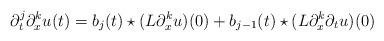
LaTeX: \begin{align*} \partial ^ j _ t \partial ^ k _ x u ( t ) = b _ j ( t ) \star ( L \partial ^ k _ x u ) ( 0 ) + b _ { j - 1 } ( t ) \star ( L \partial ^ k _ x \partial _ t u ) ( 0 )\end{align*}